Scottish Leaving Certificate Examination, 1953
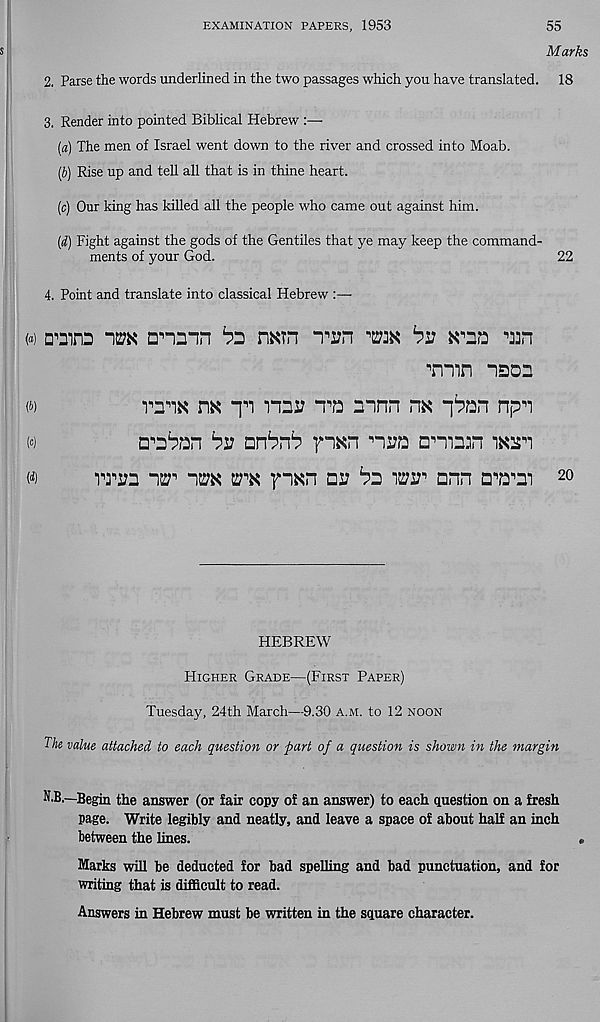
EXAMINATION PAPERS, 1953
55
Marks
2. Parse the words underlined in the two passages which you have translated. 18
3. Render into pointed Biblical Hebrew
(a) The men of Israel went down to the river and crossed into Moab.
(b) Rise up and tell all that is in thine heart.
(c) Our king has killed all the people who came out against him.
(d) Fight against the gods of the Gentiles that ye may keep the command-
ments of your God.
22
4. Point and translate into classical Hebrew :—
<<») dtod
onmn ^3 narn Tin to iv
Tmn Ison
m i 1 ! rns;
mnn nx
np^
W
TTV2 ^
52;^
^ WW 1 Dnn
20
HEBREW
Higher Grade—(First Paper)
Tuesday, 24th March—9.30 a.m. to 12 noon
The value attached to each question or part of a question is shown in the margin
N.B.—Begin the answer (or fair copy of an answer) to each question on a fresh
page. Write legibly and neatly, and leave a space of about half an inch
between the lines.
Marks will be deducted for bad spelling and bad punctuation, and for
writing that is difficult to read.
Answers in Hebrew must be written in the square character.